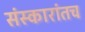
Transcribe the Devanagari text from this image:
संस्कारांतच